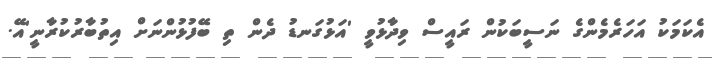
އެކަމަކު އަހަރެމެންގެ ނަސީބަކުން ރައީސް ވިދާޅުވީ 'އަޅުގަނޑު ދެން ތި ބޭފުޅުންނަށް އިތުބާރުކުރާނީ'އޭ.